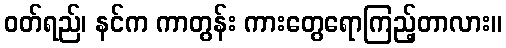
ဝတ်ရည်၊ နင်က ကာတွန်း ကားတွေရောကြည့်တာလား။